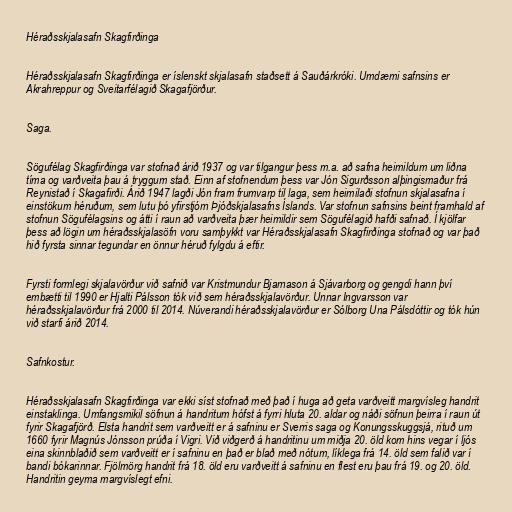
Héraðsskjalasafn Skagfirðinga

Héraðsskjalasafn Skagfirðinga er íslenskt skjalasafn staðsett á Sauðárkróki. Umdæmi safnsins er
Akrahreppur og Sveitarfélagið Skagafjörður.

Saga.

Sögufélag Skagfirðinga var stofnað árið 1937 og var tilgangur þess m.a. að safna heimildum um liðna
tíma og varðveita þau á tryggum stað. Einn af stofnendum þess var Jón Sigurðsson alþingismaður frá
Reynistað í Skagafirði. Árið 1947 lagði Jón fram frumvarp til laga, sem heimilaði stofnun skjalasafna í
einstökum héruðum, sem lutu þó yfirstjórn Þjóðskjalasafns Íslands. Var stofnun safnsins beint framhald af
stofnun Sögufélagsins og átti í raun að varðveita þær heimildir sem Sögufélagið hafði safnað. Í kjölfar
þess að lögin um héraðsskjalasöfn voru samþykkt var Héraðsskjalasafn Skagfirðinga stofnað og var það
hið fyrsta sinnar tegundar en önnur héruð fylgdu á eftir.

Fyrsti formlegi skjalavörður við safnið var Kristmundur Bjarnason á Sjávarborg og gengdi hann því
embætti til 1990 er Hjalti Pálsson tók við sem héraðsskjalavörður. Unnar Ingvarsson var
héraðsskjalavörður frá 2000 til 2014. Núverandi héraðsskjalavörður er Sólborg Una Pálsdóttir og tók hún
við starfi árið 2014.

Safnkostur.

Héraðsskjalasafn Skagfirðinga var ekki síst stofnað með það í huga að geta varðveitt margvísleg handrit
einstaklinga. Umfangsmikil söfnun á handritum hófst á fyrri hluta 20. aldar og náði söfnun þeirra í raun út
fyrir Skagafjörð. Elsta handrit sem varðveitt er á safninu er Sverris saga og Konungsskuggsjá, rituð um
1660 fyrir Magnús Jónsson prúða í Vigri. Við viðgerð á handritinu um miðja 20. öld kom hins vegar í ljós
eina skinnblaðið sem varðveitt er í safninu en það er blað með nótum, líklega frá 14. öld sem falið var í
bandi bókarinnar. Fjölmörg handrit frá 18. öld eru varðveitt á safninu en flest eru þau frá 19. og 20. öld.
Handritin geyma margvíslegt efni.